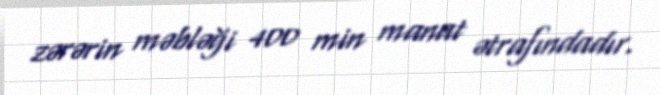
zərərin məbləği 400 min manat ətrafındadır.